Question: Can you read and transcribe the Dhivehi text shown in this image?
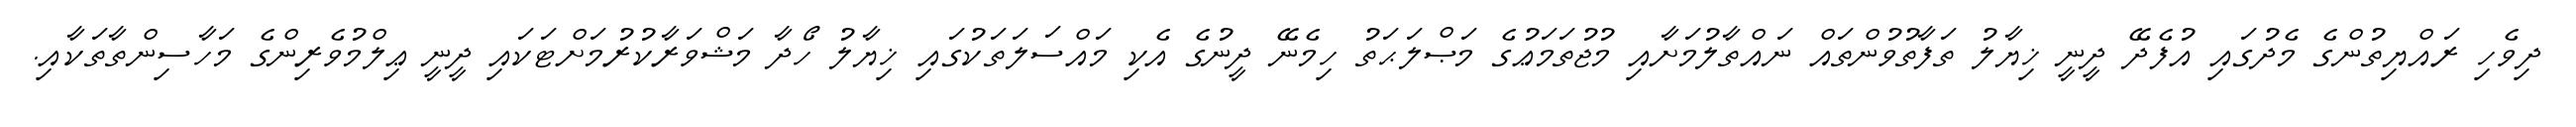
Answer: ދިވެހި ރައްޔިތުންގެ މެދުގައި އުފެދޭ ދީނީ ޚިޔާލު ތަފާތުވުންތައް ނައްތާލުމަށާއި މުޖުތަމަޢުގެ މަޞްލަޙަތު ހިމެނޭ ދީނުގެ އެކި މައްސަލަތަކުގައި ޚިޔާލު ހޯދާ މަޝްވަރާކުރުމަށްޓަކައި ދީނީ ޢިލްމުވެރިންގެ މަހާސިންތާތަކާއި.